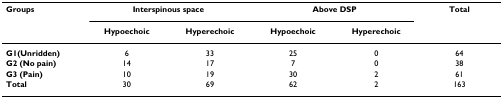
<table><thead><tr><td><b>Groups</b></td><td colspan="2"><b>Interspinous space</b></td><td colspan="2"><b>Above DSP</b></td><td><b>Total</b></td></tr><tr><td></td><td><b>Hypoechoic</b></td><td><b>Hyperechoic</b></td><td><b>Hypoechoic</b></td><td><b>Hyperechoic</b></td><td></td></tr></thead><tbody><tr><td><b>G1(Unridden)</b></td><td>6</td><td>33</td><td>25</td><td>0</td><td>64</td></tr><tr><td><b>G2 (No pain)</b></td><td>14</td><td>17</td><td>7</td><td>0</td><td>38</td></tr><tr><td><b>G3 (Pain)</b></td><td>10</td><td>19</td><td>30</td><td>2</td><td>61</td></tr><tr><td><b>Total</b></td><td>30</td><td>69</td><td>62</td><td>2</td><td>163</td></tr></tbody></table>